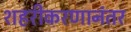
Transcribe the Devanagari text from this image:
शहरीकरणानंतर